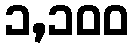
၁,၁၀၀